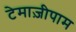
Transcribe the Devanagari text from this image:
टेमाज़ीपाम